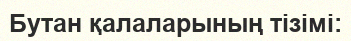
Бутан қалаларының тізімі: